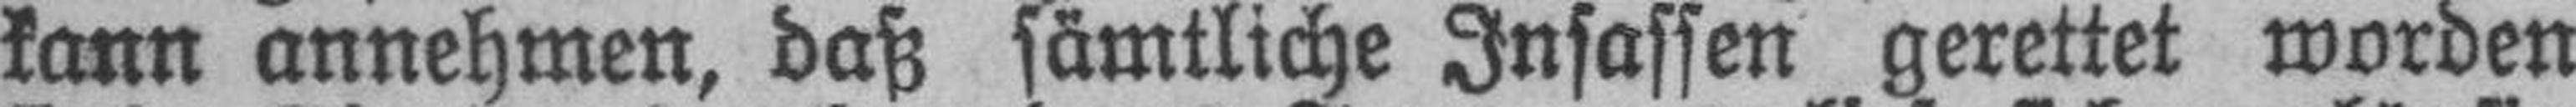
kann annehmen, daß sämtliche Insassen gerettet worden